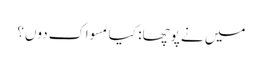
میں نے پوچھا: کیا مسواک دوں؟